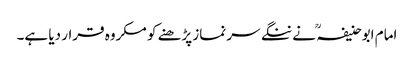
امام ابوحنیفہ ؒ نے ننگے سر نماز پڑھنے کو مکروہ قرار دیا ہے۔